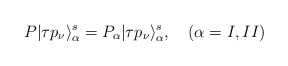
\begin{align*}P|\tau p_{\nu} \rangle^s_{\alpha}=P_{\alpha}|\tau p_{\nu} \rangle^s_{\alpha}, \quad(\alpha=I,II)\end{align*}